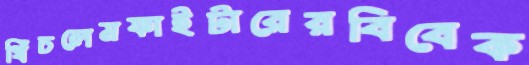
খিঁচলেমফাইটারেরবিবেক